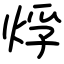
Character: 烰